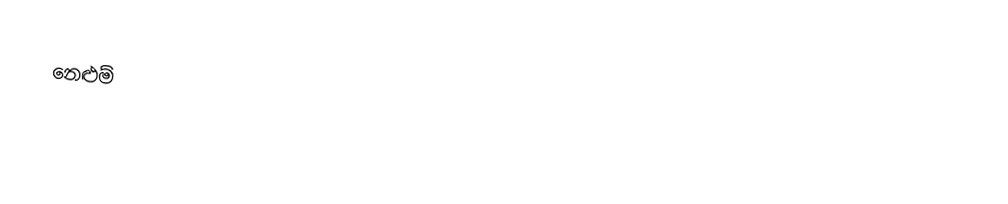
නෙළුම්